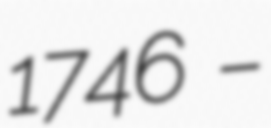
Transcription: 1746 –